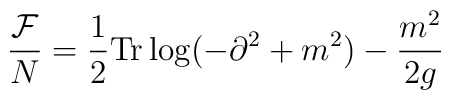
\frac{{\cal F}}{N} = \frac{1}{2}\mbox{Tr} \log ( - \partial^2 + m^2 ) - \frac{m^2}{2 g}